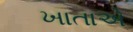
ખાતાએ